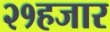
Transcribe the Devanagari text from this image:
२१हजार